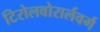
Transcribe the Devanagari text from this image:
टिरोलवोरार्लवर्ग